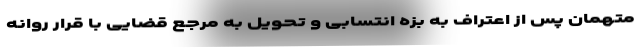
متهمان پس از اعتراف به بزه انتسابی و تحویل به مرجع قضایی با قرار روانه